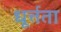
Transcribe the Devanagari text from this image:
धूर्त्तता